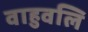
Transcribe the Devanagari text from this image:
वाहुवलि